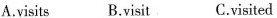
A.visits B.visit C.visited